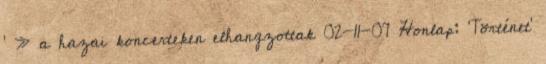
' » a hazai koncerteken elhangzottak 02-11-07 Honlap: 'Történet'